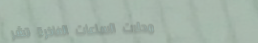
محلات الساعات الفاخرة تشر